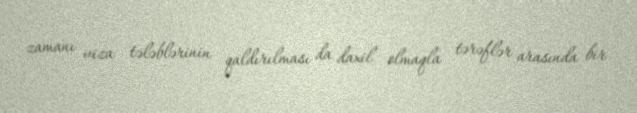
zamanı viza tələblərinin qaldırılması da daxil olmaqla tərəflər arasında bir